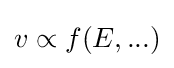
v\propto f(E,...)